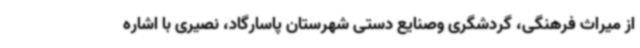
از میراث‌ فرهنگی، گردشگری وصنایع دستی شهرستان پاسارگاد، نصیری با اشاره